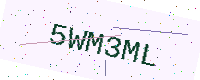
Text: 5WM3ML